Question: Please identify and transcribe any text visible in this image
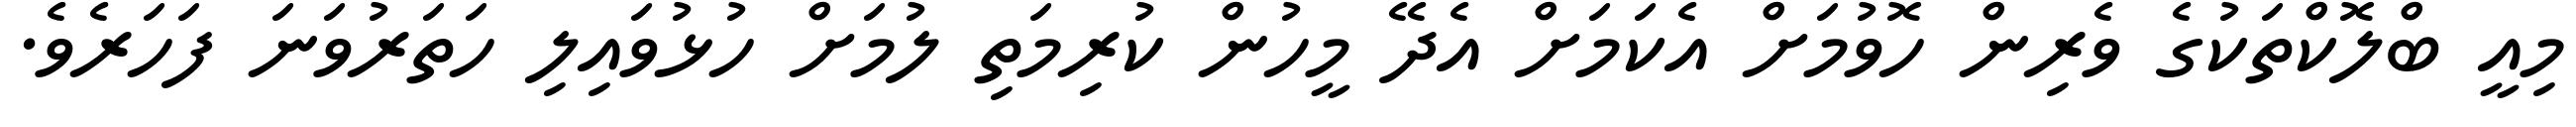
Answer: މިއީ ބްލޮކްތަކުގެ ވެރިން ހޮވުމަށް އެކަމަށް އެދޭ މީހުން ކުރިމަތި ލުމަށް ހުޅުވައިލި ހަތަރުވަނަ ފަހަރެވެ.